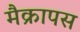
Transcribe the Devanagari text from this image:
मैक्रापस